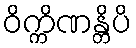
ဝိက္ကိဏန္တိပိ